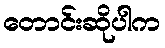
တောင်းဆိုပါက